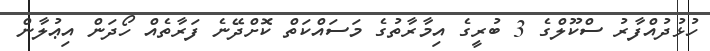
ހުޅުދުއްފާރު ސްކޫލްގެ 3 ބުރީގެ އިމާރާތުގެ މަސައްކަތް ކޮށްދޭނެ ފަރާތެއް ހޯދަން އިޢުލާން